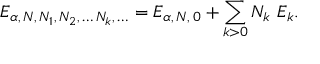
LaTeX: { \cal E } _ { \alpha , \, N , \, N _ { 1 } , \, N _ { 2 } , \, \dots \, N _ { k } , \, \dots } = { \cal E } _ { \alpha , \, N , \, 0 } + \sum _ { k > 0 } N _ { k } \ { \cal E } _ { k } .